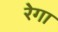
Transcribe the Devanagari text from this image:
रेगा